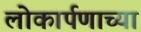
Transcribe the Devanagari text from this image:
लोकार्पणाच्या